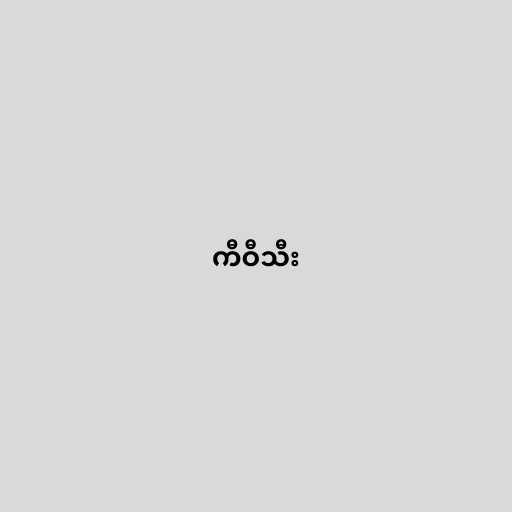
ကီဝီသီး